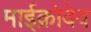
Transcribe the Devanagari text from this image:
माईक्रोवेव